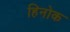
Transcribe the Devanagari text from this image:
हिनोक